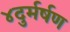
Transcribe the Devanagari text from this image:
४दुर्मर्षण